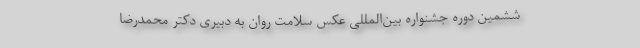
ششمین دوره جشنواره بین‌المللی عکس سلامت روان به دبیری دکتر محمدرضا